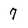
Character: 7